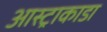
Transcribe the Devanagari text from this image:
आस्ट्राकाडा